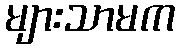
များသာမက